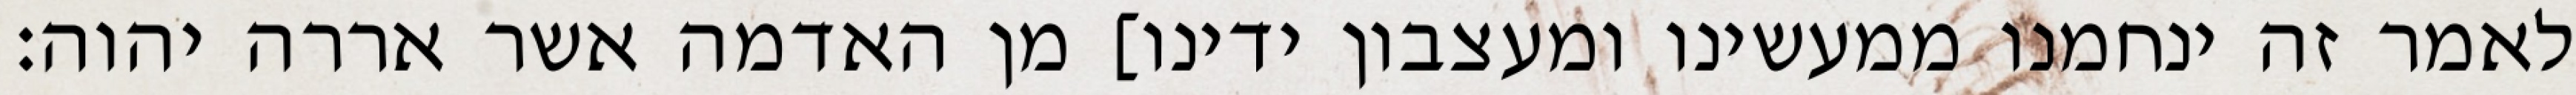
לאמר זה ינחמנו ממעשינו ומעצבון ידינו] מן האדמה אשר אררה יהוה׃